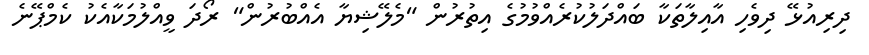
ދިރިއުޅޭ ދިވެހި އާއިލާތަކާ ބައްދަލުކުރެއްވުމުގެ އިތުރުން "މެލޭޝިޔާ އެއްބުރުން" ރޯދަ ވީއްލުމަކާއެކު ކެމްޕޭނެ